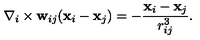
{ \bf \nabla } _ { i } \times { \bf w } _ { i j } ( { \bf x } _ { i } - { \bf x } _ { j } ) = - \frac { { \bf x } _ { i } - { \bf x } _ { j } } { r _ { i j } ^ { 3 } } .